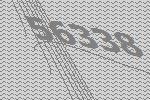
56338